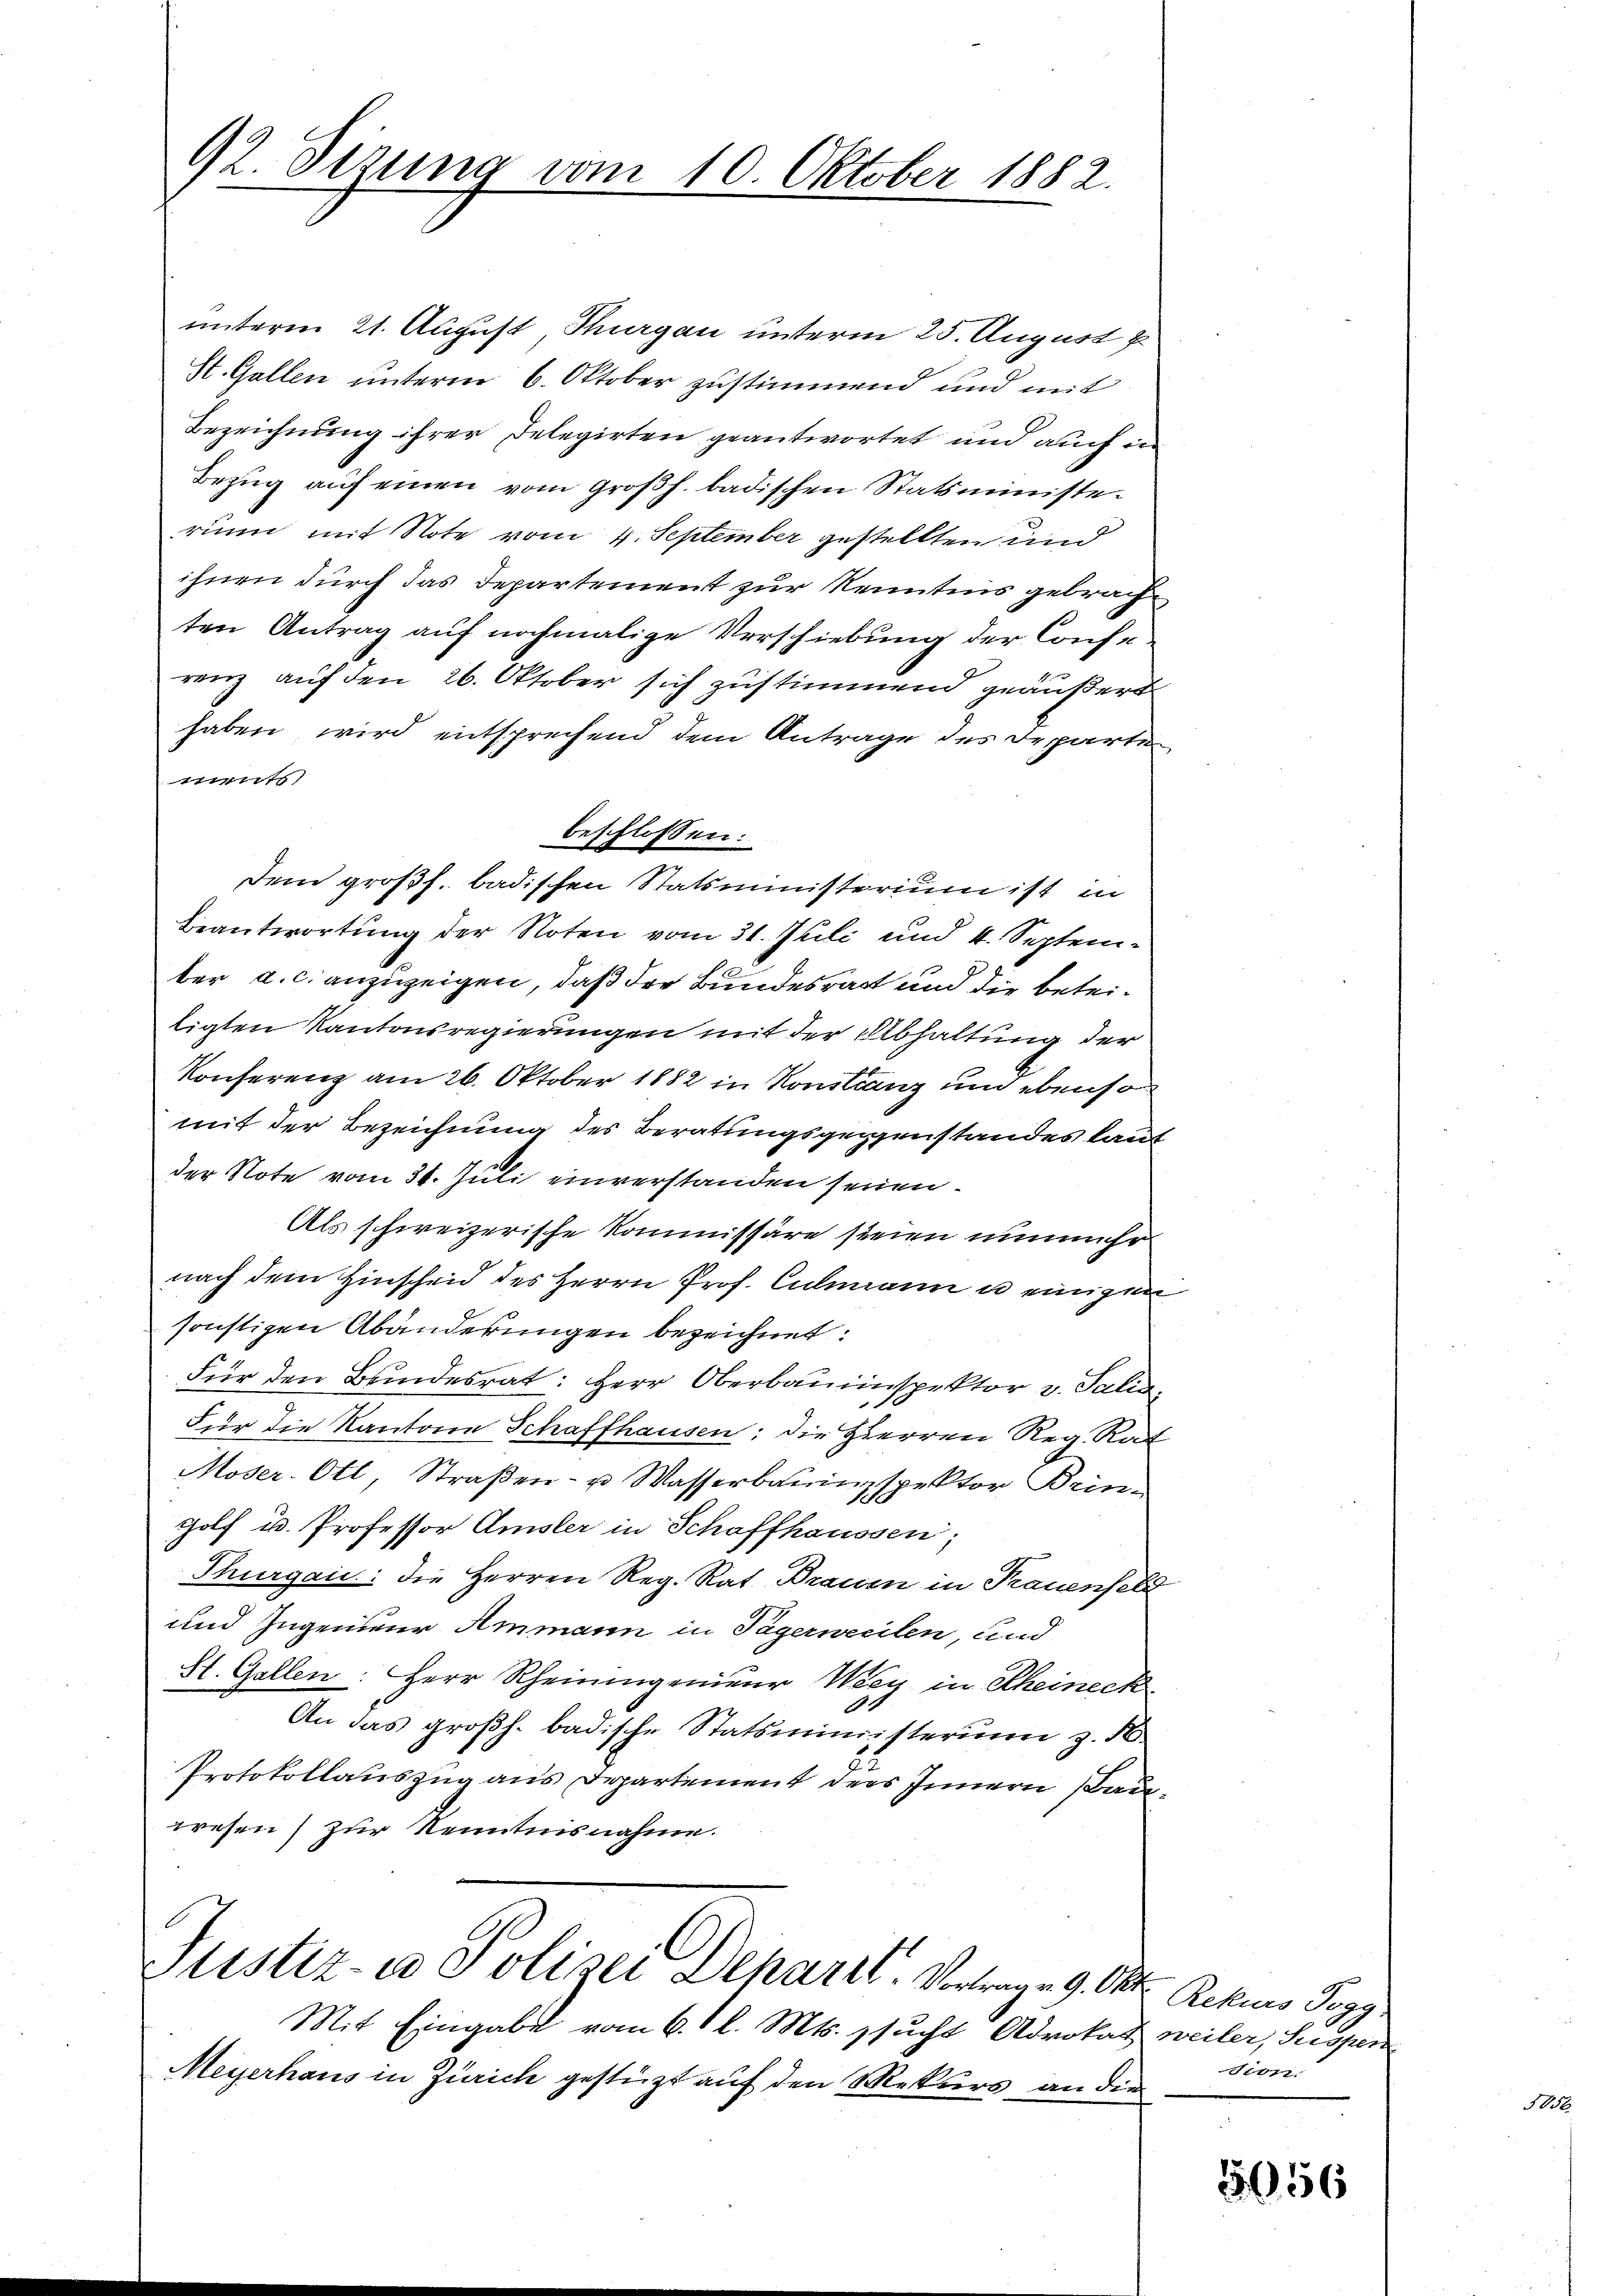
92. Dizung vom 10. Oktober 1882.

unterm 21. August, Thurgau unterm 25. August p
St. Gallen unterm 6. Oktober zustimmend und mit
Bezeichnung ihrer Delegirten geantwortet und auch in
Bezŭg aŭf einen vom Großh. badischen Statsministerunn mit Note vom 4. September gestellten und
ihnen durch das Departement zur Kenntnis gebrachten Antrag auf nochmalige Verschiebung der Conferenz auf den 26. Oktober sich zustimmend geäußert
haben wird entsprechend dem Antrage des Departe
)
Dem großh. badischen Statsministerium ist in
Beantwortung der Noten vom 31. Juli und 4. September a. c. anzuzeigen, daß der Bundesrath und die beteitigten Kantonsregierungen mit der Abhaltung der
Konferenz am 26. Oktober 1882 in Konstanz und ebenson
mit der Bezeichnung des Beratungsgegenstandes laut
der Note vom 31. Juli einverstanden seinen.
Als schweizerische Kommissäre steien nunmehr
nach dem Hinscheid des Herrn Prof. Culmann u einigen
sonstigen Abänderungen bezeichnet.
Für den Bundesrat: Herr Oberbauinspektor v. Salin
Für die Kantonen Schaffhausen: die Hierren Reg. Rat
Moser. Ott, Straβen- u Wasserbauinspektor Brin¬
Holf u. Professor Amsler in Schaffhaussen,
Thurgau: die Herren Reg. Rat Braum in Trauenfeld
und Ingenieur Ammann in Tägerweilen, und
St. Gallen. Herr Rheiningenieur Wien in Rheineck
.
An das großh. badische Statsministerium z. B.
Protokollauszug aus Departement ders Innern Bauwesen) zur Kenntnisnahme.
Justiz- u Polizei Depart. Vertrage 9. Okt. Rekurs Pegg,
Mit Eingabe vom 6. 1 l. Mts. sucht Advokat weiler, Suspen
Meyerhaus in Zürich gestüzt auf den Rekurs an die

beschlossen:

sion.

5656